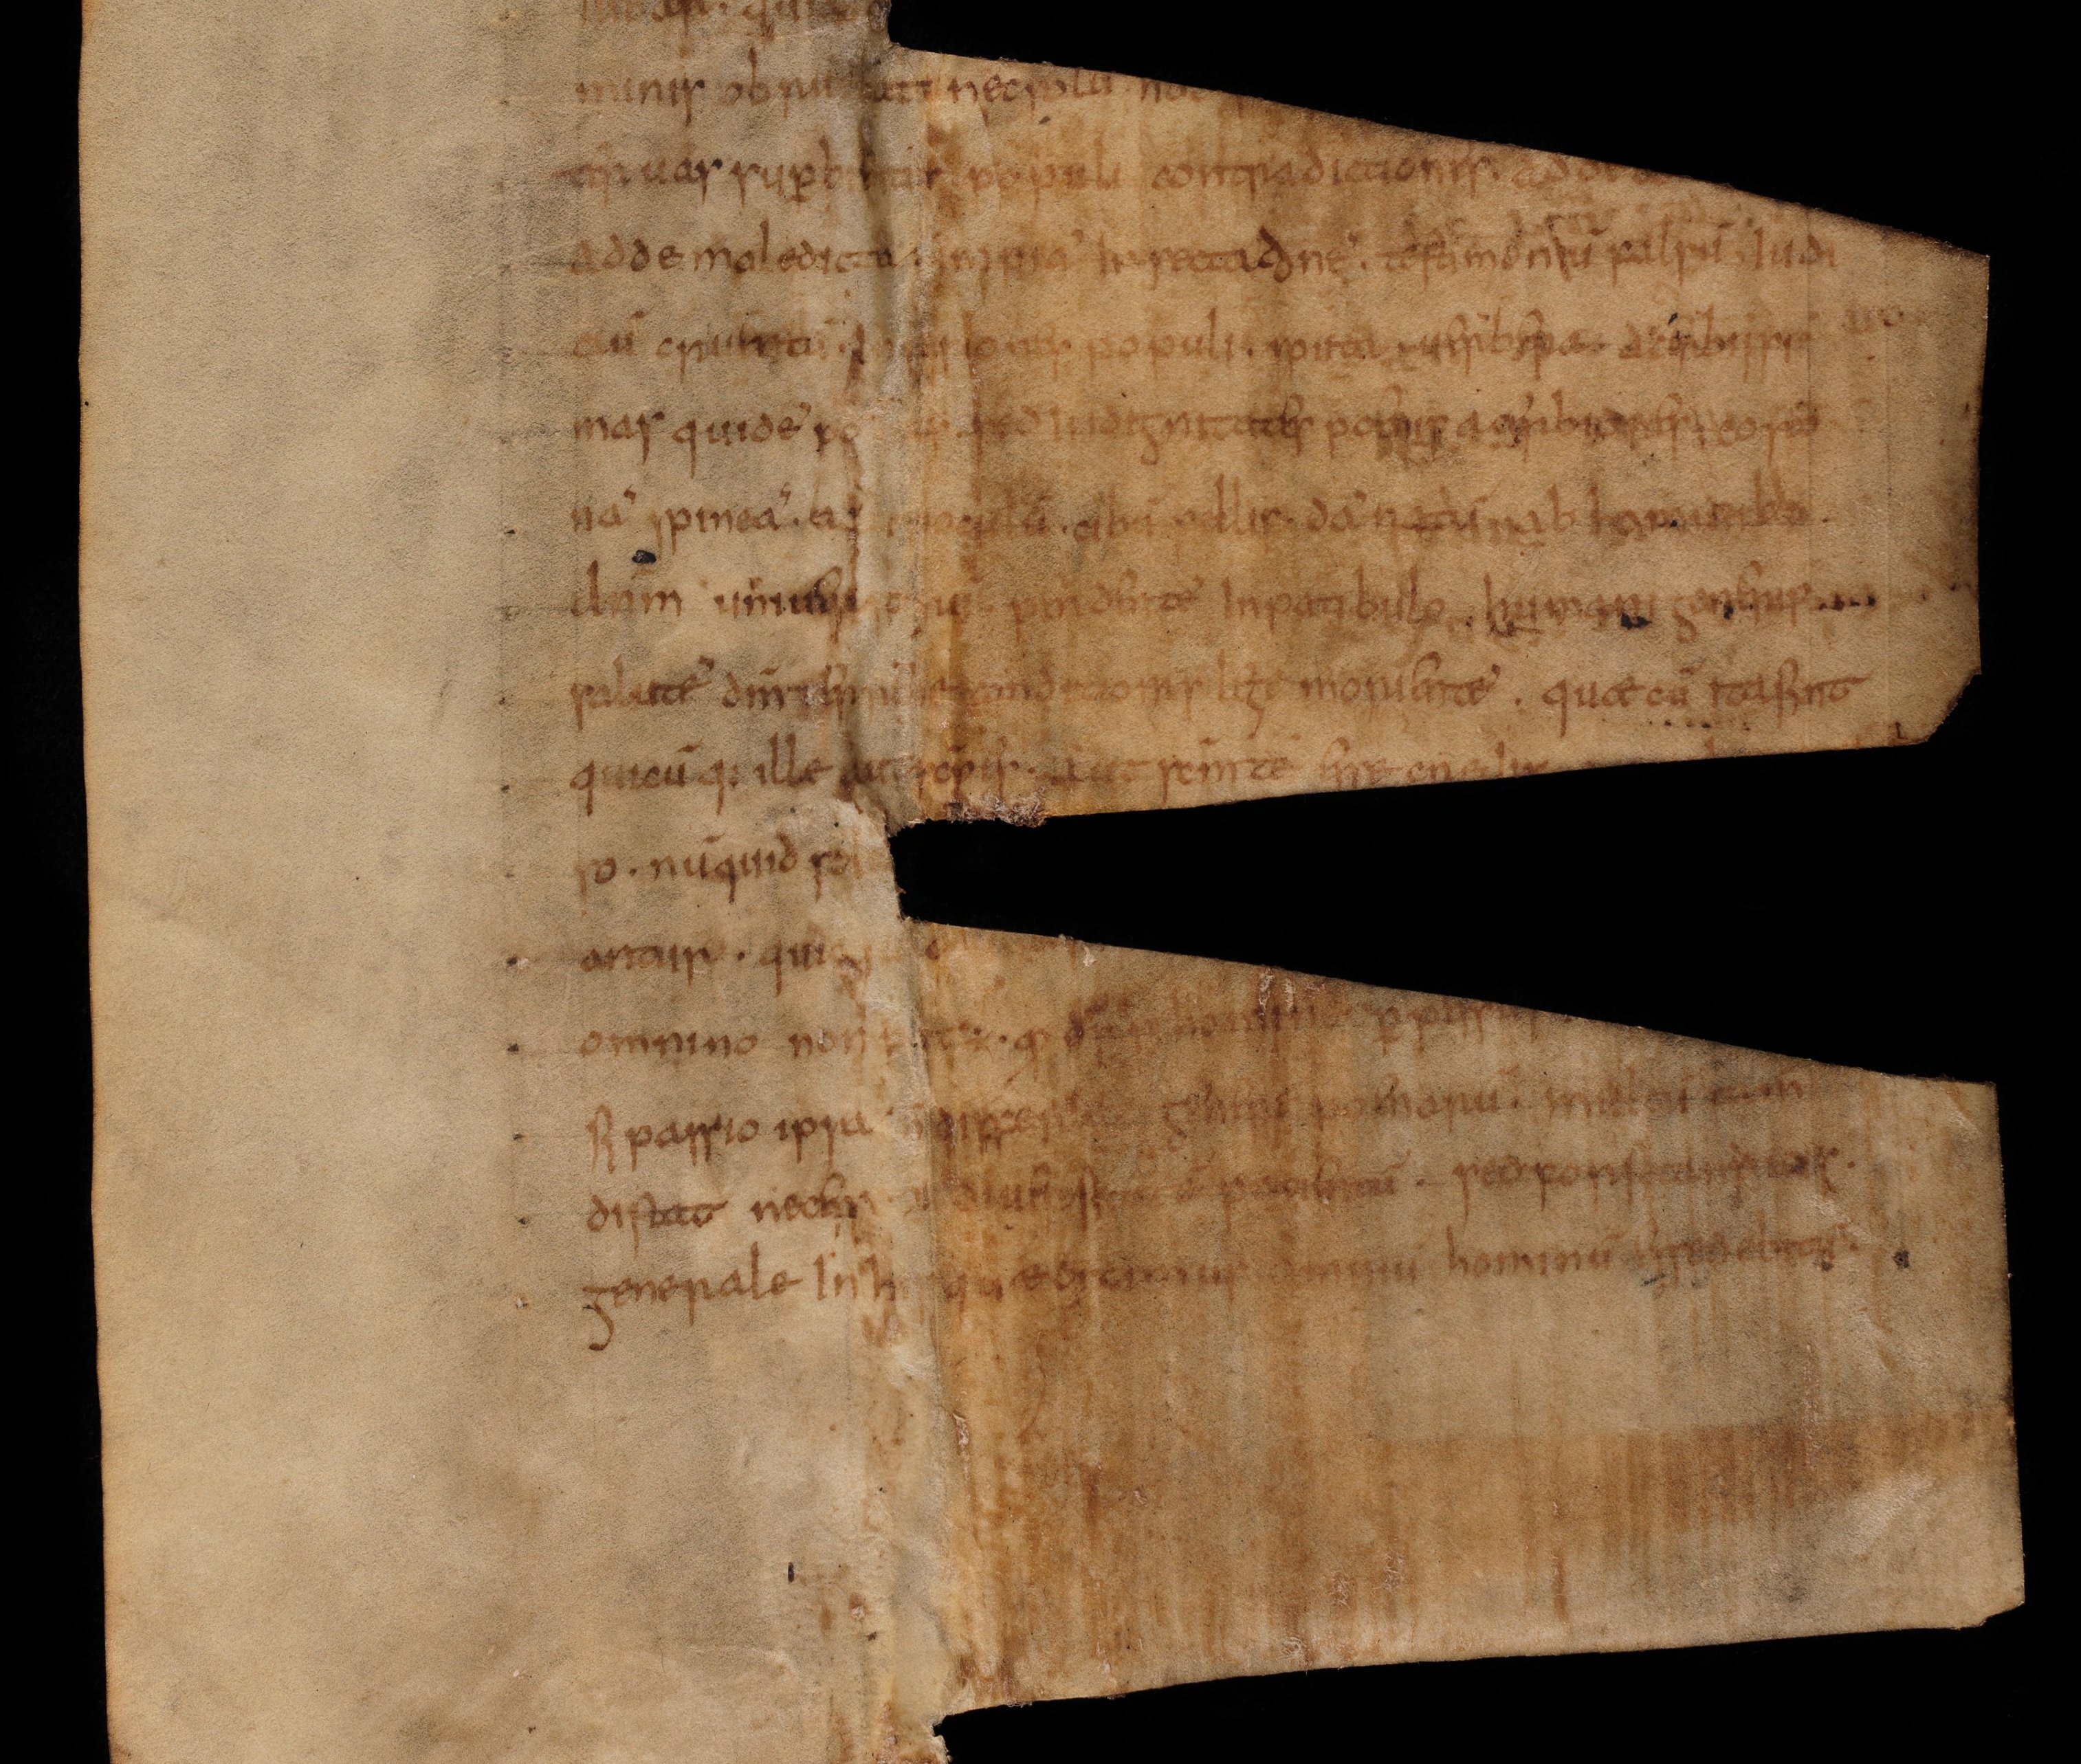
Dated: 800–824